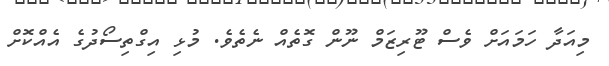
މިއަދާ ހަމައަށް ވެސް ޓޫރިޒަމް ނޫން ގޮތެއް ނެތެވެ. މުޅި އިގްތިސޯދުގެ އެއްކޮށް